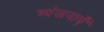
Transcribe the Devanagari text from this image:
व्यंजनाएँ